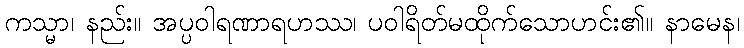
ကသ္မာ၊ နည်း။ အပ္ပဝါရဏာရဟဿ၊ ပဝါရိတ်မထိုက်သောဟင်း၏။ နာမေန၊